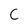
Character: C